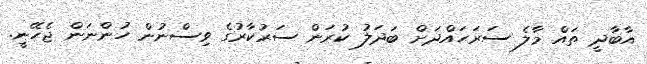
އާބާދީ ތައް މާލެ ސަރަހައްދަށް ބަދަލު ކުރަން ސަރުކާރުގެ ވިސްނުން ހުންނަން ޖެހޭނީ.